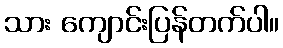
သား ကျောင်းပြန်တက်ပါ။